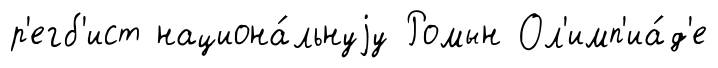
р'егб'ист национа́льнуjу Ромын Ол'имп'иа́д'е